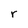
Character: r